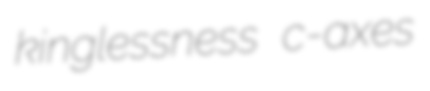
kinglessness c-axes